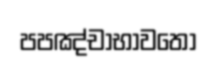
පපඤ්චාභාවතො